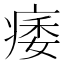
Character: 痿